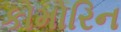
કોમોરિન